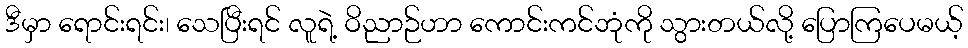
ဒီမှာ ရောင်းရင်း၊ သေပြီးရင် လူရဲ့ ဝိညာဉ်ဟာ ကောင်းကင်ဘုံကို သွားတယ်လို့ ပြောကြပေမယ့်